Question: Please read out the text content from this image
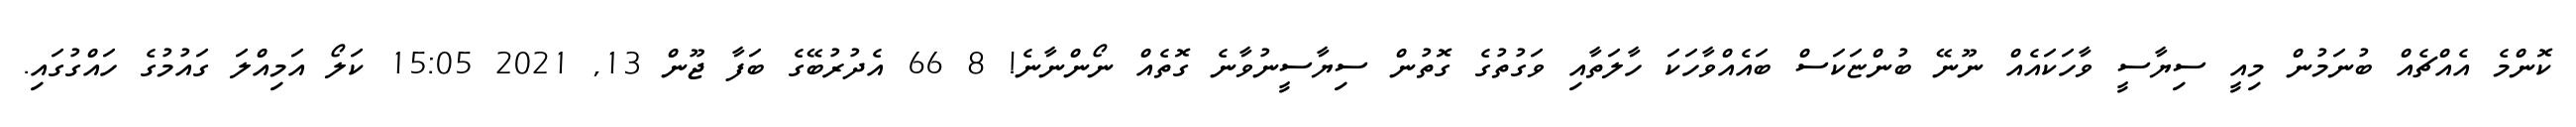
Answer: ކޮންމެ އެއްޗެއް ބުނަމުން މިއީ ސިޔާސީ ވާހަކައެއް ނޫނޭ ބުންޏަކަސް ބައެއްވާހަކަ ހާލަތާއި ވަގުތުގެ ގޮތުން ސިޔާސީނުވާނެ ގޮތެއް ނޯންނާނެ! 8 66 އެދުރުބޭގެ ބަފާ ޖޫން 13, 2021 15:05 ކަލޯ އަމިއްލަ ގައުމުގެ ހައްގުގައި.